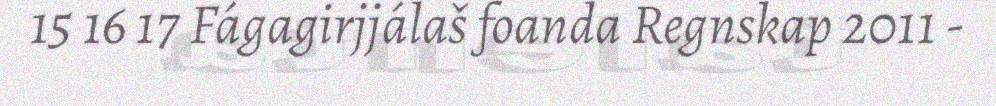
15 16 17 Fágagirjjálaš foanda Regnskap 2011 -